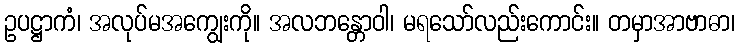
ဥပဋ္ဌာကံ၊ အလုပ်မအကျွေးကို။ အလဘန္တောဝါ၊ မရသော်လည်းကောင်း။ တမှာအာဗာဓာ၊